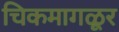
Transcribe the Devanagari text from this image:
चिकमागळूर